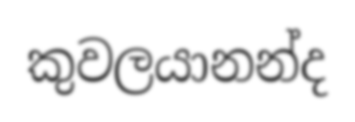
කුවලයානන්ද